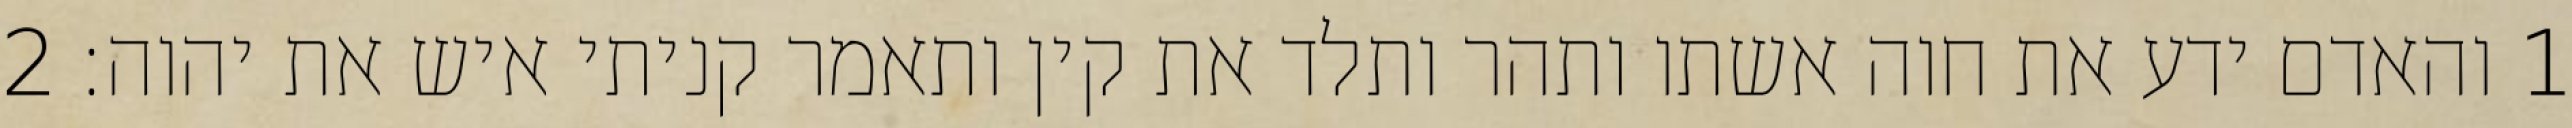
1 והאדם ידע את חוה אשתו ותהר ותלד את קין ותאמר קניתי איש את יהוה׃ ‎2‏